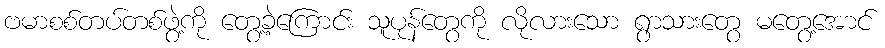
ဗမာစစ်တပ်တစ်ဖွဲ့ကို တွေ့ခဲ့ကြောင်း သူပုန်တွေကို လိုလားသော ရွာသားတွေ မတွေ့အောင်